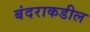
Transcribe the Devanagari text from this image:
बंदराकडील